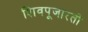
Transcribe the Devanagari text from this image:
शिवपूजारतो